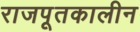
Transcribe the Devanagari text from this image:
राजपूतकालीन